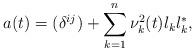
LaTeX: \begin{align*} a(t)=(\delta^{ij})+\sum_{k=1}^{n}\nu^{2}_{k}(t)l_{k}l_{k}^{*},\end{align*}